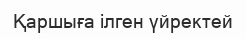
Қаршыға ілген үйректей